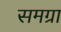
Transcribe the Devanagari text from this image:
समग्रा